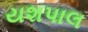
યશપાલ